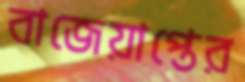
বাজেয়াপ্তের